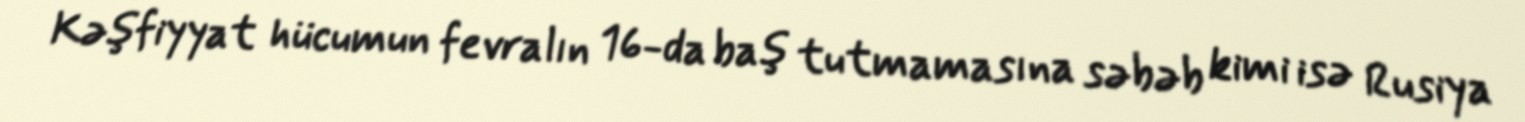
Kəşfiyyat hücumun fevralın 16-da baş tutmamasına səbəb kimi isə Rusiya